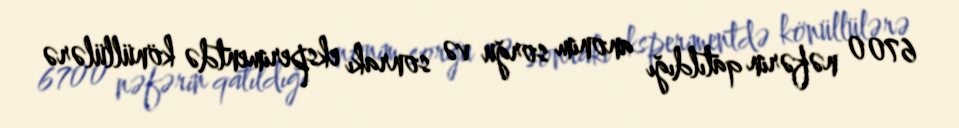
6700 nəfərin qatıldığı anonim sorğu və sonrakı eksperimentdə könüllülərə